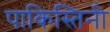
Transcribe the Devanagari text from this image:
पाकिस्तिनी